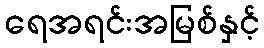
ရေအရင်းအမြစ်နှင့်